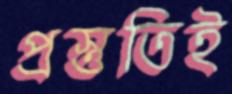
প্রস্তুতিই